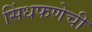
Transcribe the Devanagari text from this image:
सिंधफणेची